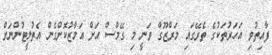
ފާއިތުވި އަހަރުތަކުގެ ތެރޭގައި މަރްޒޫގް ވަނީ މި ގޭމްސް އަށް އަމާޒުކޮށްގެން އެތުލީޓުންނަށް